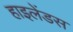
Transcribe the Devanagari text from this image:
हाइलेंडस